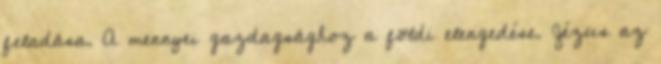
feladása. A mennyei gazdagsághoz a földi elengedése. Jézus az